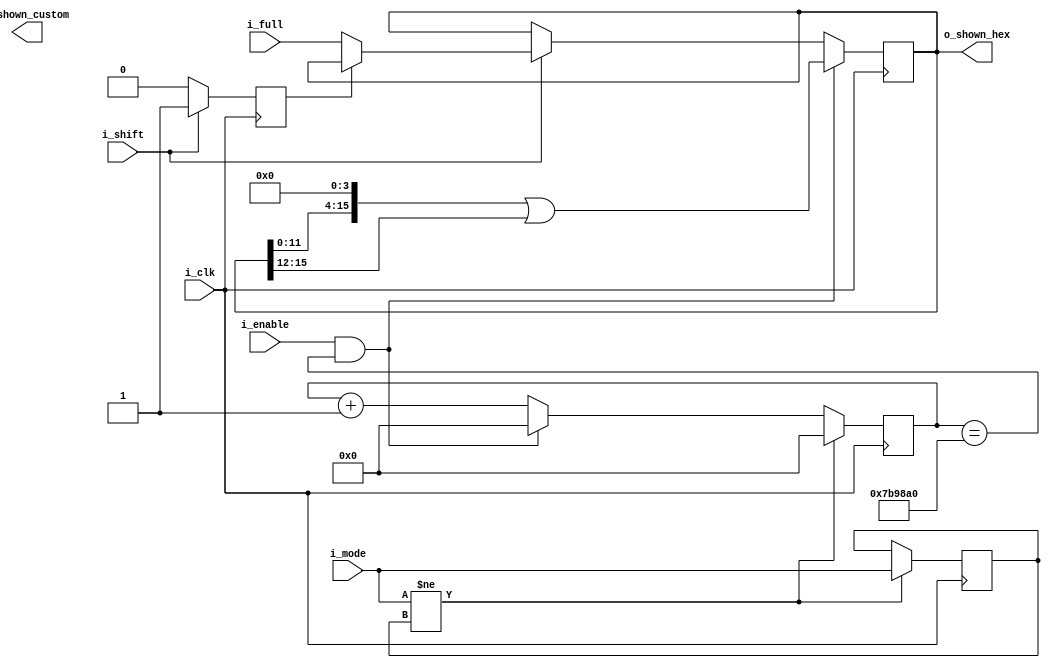
module Scroll #(
    parameter DISPLAYS = 4,
    parameter DIGITS = 4,
    parameter FREQ = 27_000_000,
    parameter DELAY_MS = 300,
    parameter integer DELAY = FREQ * (DELAY_MS / 1000.0),
    parameter ENABLE_HEX = 1,
    parameter ENABLE_CUSTOM = 0
) (
    i_clk,
    i_full,     // full display data input
    i_shift,    // pull high to shift in new display data
    i_enable,   // whether scrolling should be enabled
    i_mode,     // if hex and custom are both enabled, 0 for hex and 1 for custom
    o_shown_hex,    // the hex display data currently in view
    o_shown_custom  // the custom display data currently in view
);
    localparam HEX_SHOWN_TOP = ENABLE_HEX ? 4 * DISPLAYS - 1 : 0;
    localparam HEX_FULL_TOP = ENABLE_HEX ? 4 * DIGITS - 1 : 0;
    localparam CUSTOM_SHOWN_TOP = ENABLE_CUSTOM ? 7 * DISPLAYS - 1 : 0;
    localparam CUSTOM_FULL_TOP = ENABLE_CUSTOM ? 7 * DIGITS - 1 : 0;
    localparam FULL_TOP = HEX_FULL_TOP > CUSTOM_FULL_TOP ? HEX_FULL_TOP : CUSTOM_FULL_TOP;

    input i_clk, i_shift, i_enable, i_mode;
    input [FULL_TOP:0] i_full;

    output [HEX_SHOWN_TOP:0] o_shown_hex;
    output [CUSTOM_SHOWN_TOP:0] o_shown_custom;

    reg [$clog2(DELAY):0] r_tick = 0;
    reg [HEX_FULL_TOP:0] r_full_hex;
    reg [CUSTOM_FULL_TOP:0] r_full_custom;
    reg r_shifted = 1'b0;
    reg r_mode_old = 1'b0;

    assign o_shown_hex = r_full_hex[HEX_FULL_TOP:HEX_FULL_TOP-HEX_SHOWN_TOP];
    assign o_shown_custom = r_full_custom[CUSTOM_FULL_TOP:CUSTOM_FULL_TOP-CUSTOM_SHOWN_TOP];

    always @(posedge i_clk) begin
        if (i_shift) begin
            if (!r_shifted) begin
                if (ENABLE_HEX && ENABLE_CUSTOM) begin
                    if (i_mode == 0) r_full_hex <= i_full[HEX_FULL_TOP:0];
                    else r_full_custom <= i_full[CUSTOM_FULL_TOP:0];
                end else if (ENABLE_HEX) r_full_hex <= i_full;
                    else if (ENABLE_CUSTOM) r_full_custom <= i_full;

                r_tick <= 0;
                r_shifted <= 1;
            end
        end else r_shifted <= 0;

        if (i_enable && r_tick == DELAY) begin
            if (ENABLE_HEX && ENABLE_CUSTOM) begin
                if (i_mode == 0) r_full_hex <= (r_full_hex << 4) | r_full_hex[HEX_FULL_TOP:HEX_FULL_TOP-3];
                else r_full_custom <= (r_full_custom << 7) | r_full_custom[CUSTOM_FULL_TOP:CUSTOM_FULL_TOP-6];
            end else if (ENABLE_HEX) r_full_hex <= (r_full_hex << 4) | r_full_hex[HEX_FULL_TOP:HEX_FULL_TOP-3];
                else if (ENABLE_CUSTOM) r_full_custom <= (r_full_custom << 7) | r_full_custom[CUSTOM_FULL_TOP:CUSTOM_FULL_TOP-6];

            r_tick <= 0;
        end else r_tick <= r_tick + 1;

        // reset the timer on mode switch
        if (i_mode != r_mode_old) begin
            r_mode_old <= i_mode;
            r_tick <= 0;
        end
    end
endmodule